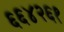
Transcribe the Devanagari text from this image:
६६४२६१